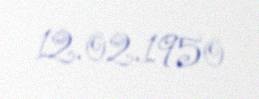
12.02.1950